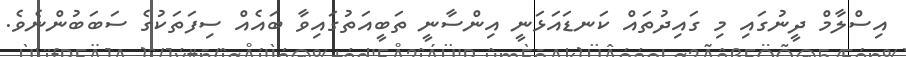
އިސްލާމް ދީނުގައި މި ގައިދުތައް ކަނޑައަޅަނީ އިންސާނީ ތަބީއަތުގައިވާ ބައެއް ސިފަތަކުގެ ސަބަބުންނެވެ.